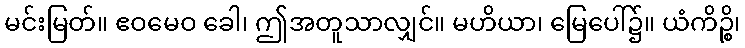
မင်းမြတ်။ ဧဝမေဝ ခေါ၊ ဤအတူသာလျှင်။ မဟိယာ၊ မြေပေါ်၌။ ယံကိဉ္စိ၊